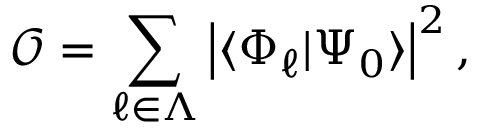
\mathcal { O } = \sum _ { \ell \in \Lambda } \left| \langle \Phi _ { \ell } | \Psi _ { 0 } \rangle \right| ^ { 2 } ,